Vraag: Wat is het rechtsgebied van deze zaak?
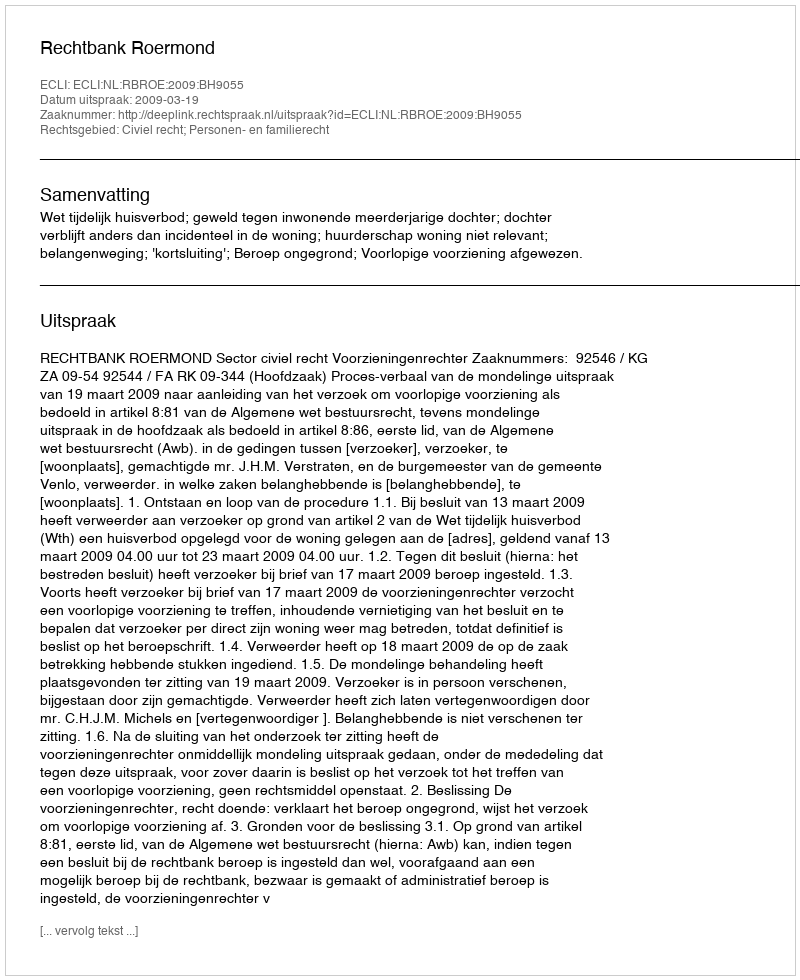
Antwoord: Civiel recht; Personen- en familierecht